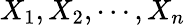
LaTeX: X_{1},X_{2},\cdots,X_{n}